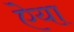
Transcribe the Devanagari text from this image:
ऐया